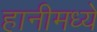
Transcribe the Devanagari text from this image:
हानीमध्ये